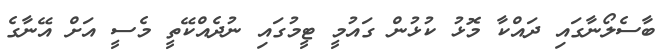
ބާސެލޯނާގައި ދައްކާ މޮޅު ކުޅުން ގައުމީ ޓީމުގައި ނުދެއްކޭތީ މެސީ އަށް އޭނާގެ